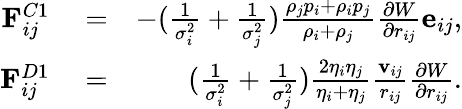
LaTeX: \begin{array}{rlr}{\mathbf{F}_{ij}^{C1}}&{{}=}&{-(\frac{1}{\sigma_{i}^{2}}+\frac{1}{\sigma_{j}^{2}})\frac{\rho_{j}p_{i}+\rho_{i}p_{j}}{\rho_{i}+\rho_{j}}\frac{\partial{W}}{\partial{r_{ij}}}\mathbf{e}_{ij},}\\ {\mathbf{F}_{ij}^{D1}}&{{}=}&{(\frac{1}{\sigma_{i}^{2}}+\frac{1}{\sigma_{j}^{2}})\frac{2\eta_{i}\eta_{j}}{\eta_{i}+\eta_{j}}\frac{\mathbf{v}_{ij}}{r_{ij}}\frac{\partial{W}}{\partial{r_{ij}}}.}\end{array}